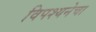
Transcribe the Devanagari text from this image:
विपश्यनेचा